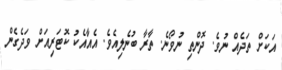
އަކަށް ތަދެއް ނުވެ. ދޮންތި ނުވޯނެ. ތާރާ ބުނެލިއެވެ. އެއާއެކު ކޮޓަރިއަށް ވަދެގެން